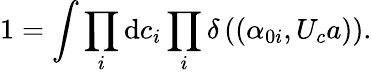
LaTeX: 1=\int\prod_{i}\mathrm{d}c_{i}\prod_{i}\delta\left((\alpha_{0i},U_{c}a)\right).